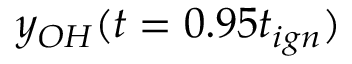
y _ { O H } ( t = 0 . 9 5 t _ { i g n } )